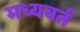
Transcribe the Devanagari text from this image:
मध्यवर्त